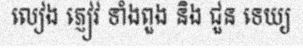
លៀង ភ្ញៀវ ទាំងពួង និង ជួន ទេយ្យ